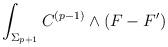
LaTeX: \begin{align*}\int_{\Sigma_{p+1}} C^{(p-1)} \wedge (F - F^{\prime})\end{align*}